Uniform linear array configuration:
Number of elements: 48
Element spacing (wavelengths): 1
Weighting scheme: cosine
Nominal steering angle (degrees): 15
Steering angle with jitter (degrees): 15.712
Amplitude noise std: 0.05
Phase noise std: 0.05

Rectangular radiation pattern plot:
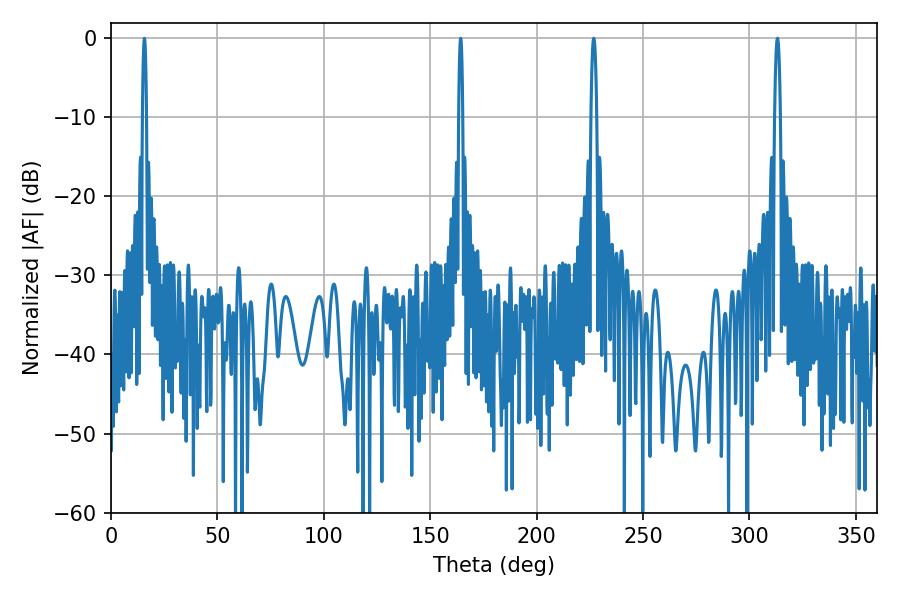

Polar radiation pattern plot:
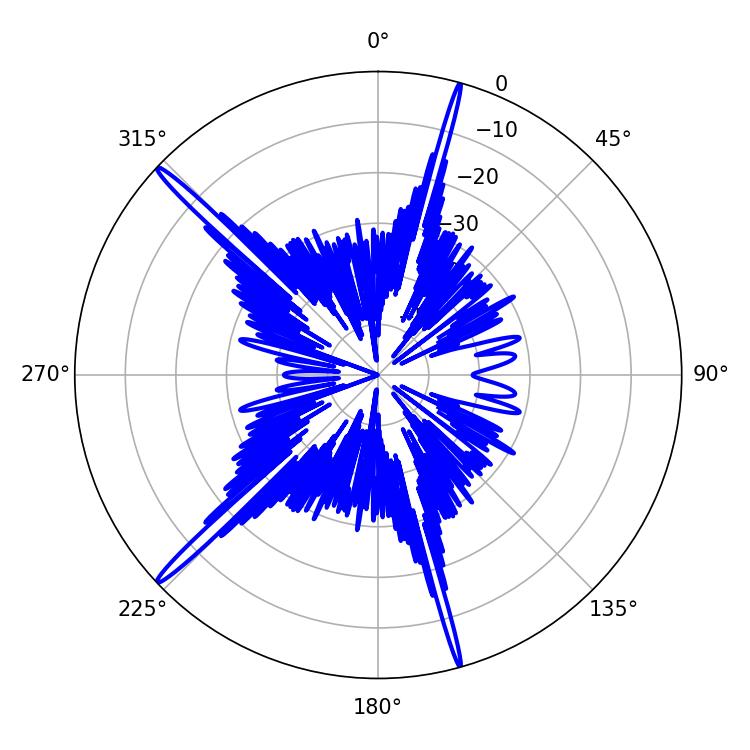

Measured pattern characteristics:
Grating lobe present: TRUE
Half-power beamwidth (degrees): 1.44
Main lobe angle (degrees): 226.8